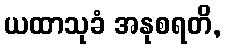
ယထာသုခံ အနုစရတိ,